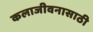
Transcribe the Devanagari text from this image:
कलाजीवनासाठी